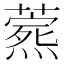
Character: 𬋎